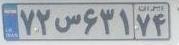
۷۲س۶۳۱۷۴